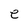
Character: e